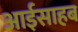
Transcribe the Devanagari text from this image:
आईसाहब